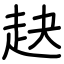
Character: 赽